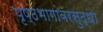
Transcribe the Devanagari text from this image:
पृष्ठभागांवरसुद्धा